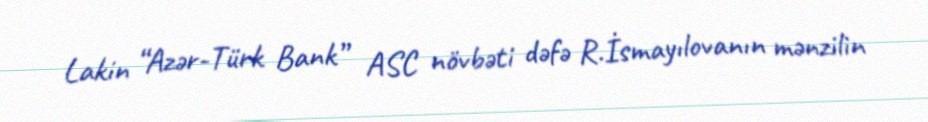
Lakin “Azər-Türk Bank” ASC növbəti dəfə R.İsmayılovanın mənzilin